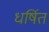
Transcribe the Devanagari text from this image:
धर्षित